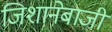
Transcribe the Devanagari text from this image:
जिशानेबाजी